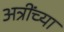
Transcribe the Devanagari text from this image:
अत्रींच्या